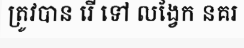
ត្រូវបាន រើ ទៅ លង្វែក នគរ